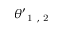
\theta _ { \mathrm { ~ 1 ~ , ~ 2 ~ } } ^ { \prime }